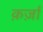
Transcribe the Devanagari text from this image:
क़र्ज़ा